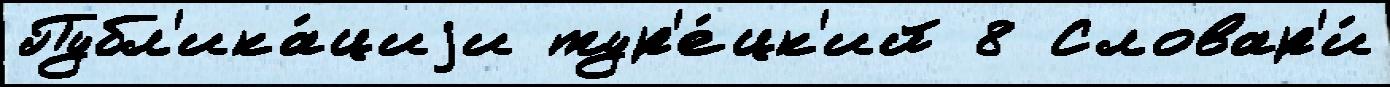
Публ'ика́циjи тур'е́цк'ий 8 Словар'и́